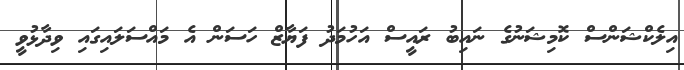
އިލެކްޝަންސް ކޮމިޝަނުގެ ނައިބު ރައީސް އަހުމަދު ފަޔާޒް ހަސަން އެ މައްސަލައިގައި ވިދާޅުވީ